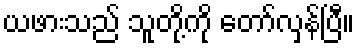
ယဖားသည် သူတို့ကို တော်လှန်ပြီ။